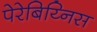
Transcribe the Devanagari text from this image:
पेरेबिय्निस